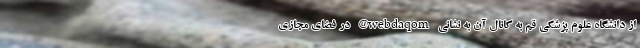
از دانشگاه علوم پزشکی قم به کانال آن به نشانی webdaqom@ در فضای مجازی